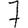
Digit: 7